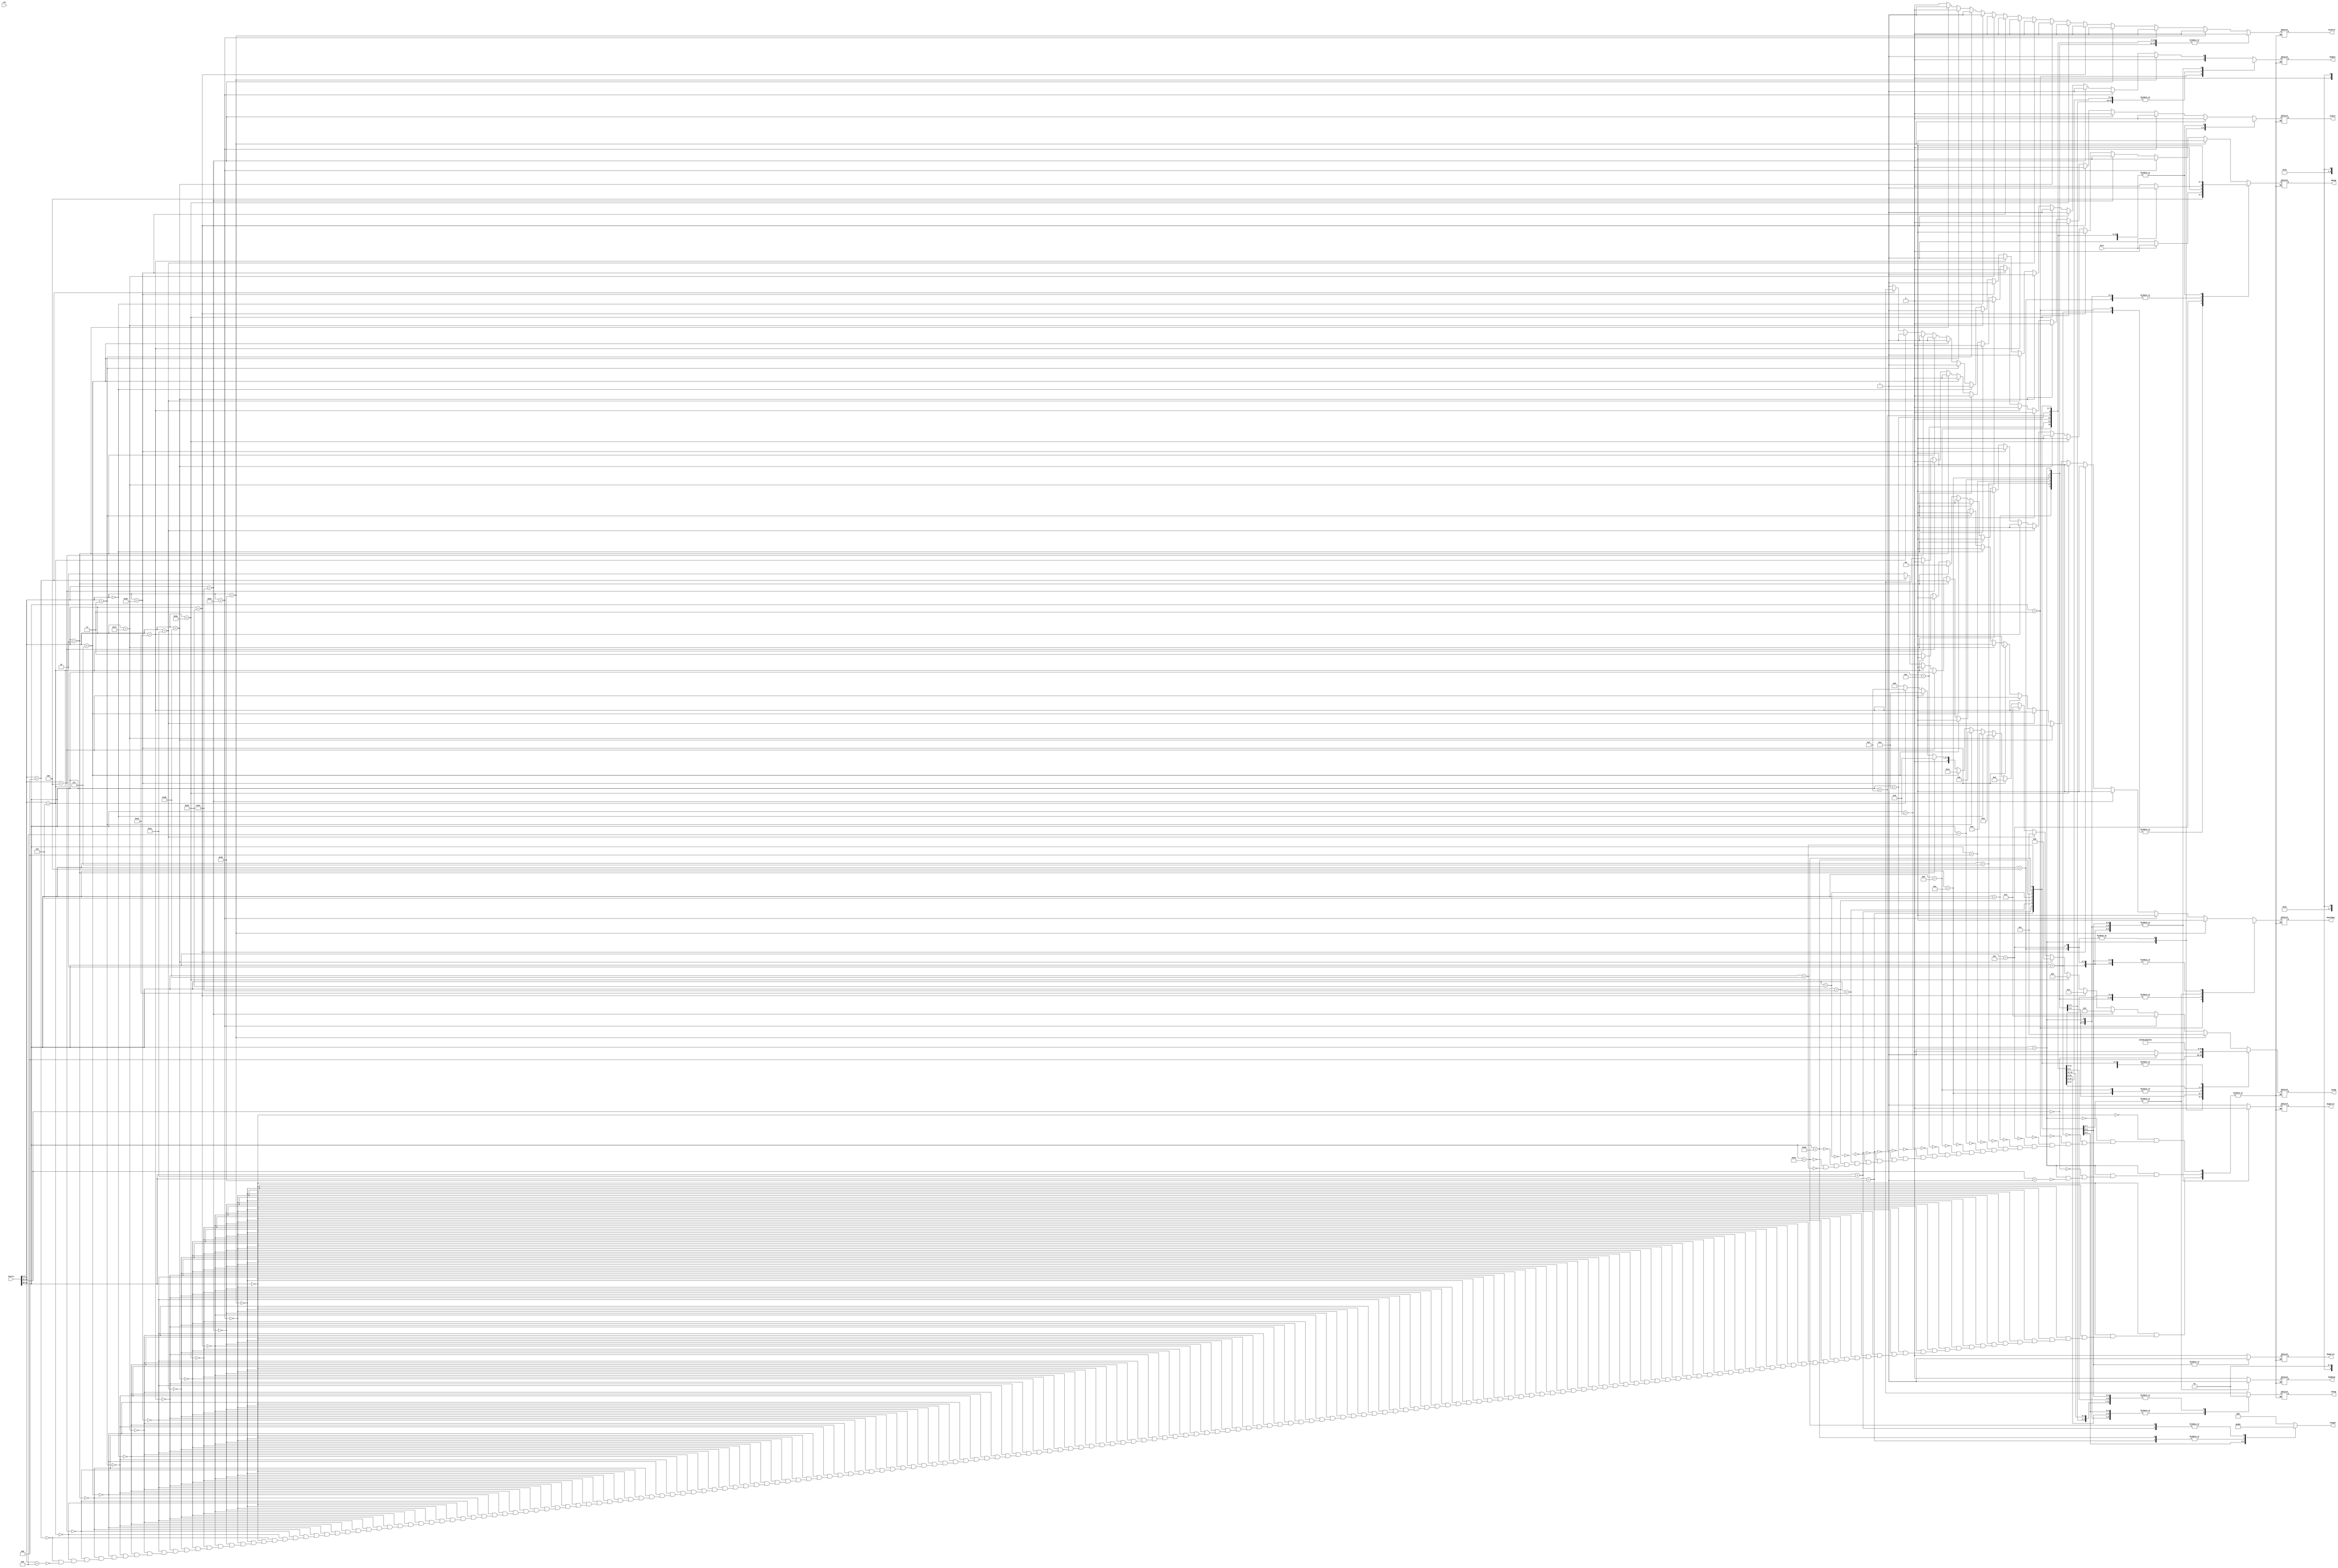
// `include "ctrl_encode_def.v"
module ctrl(Instru, Zero, 
            RegDst,MemRead,MemtoReg,
            MemWrite,EXTOp,ALUSrc,
            RegWrite,ALUSrc2,NPCOp,length,ALUOp,clk
            );
	input  [31:0] Instru  ;      
	input        Zero;
	input clk;
	output reg      RegWrite; // control signal for register write
	output reg      MemWrite; // control signal for memory write
	output reg      EXTOp;    // control signal to signed extension
	output reg[1:0] RegDst;
	output reg[4:0] ALUOp;    // ALU opertion
	output reg[1:0] NPCOp;    // next pc operation
	output reg      ALUSrc;   // ALU source for A
	output reg      ALUSrc2;
	output reg      MemRead;  
	output reg[1:0] MemtoReg;   
	output reg[2:0] length;
	
 always@(Instru or Zero)
  begin
	length=3'b000;
  case(Instru[31:26])
  6'b000000:
    begin
	    if(Instru[5:0]==6'b100000)	//add
		begin
		{RegDst,MemRead,MemtoReg,MemWrite,EXTOp,ALUSrc,RegWrite,ALUSrc2}
		 =10'b010000x010;
		ALUOp=5'b00001;
		NPCOp=2'b00;	length=3'b000;
		end
	    else if(Instru[5:0]==6'b100010)	//sub
		begin
		{RegDst,MemRead,MemtoReg,MemWrite,EXTOp,ALUSrc,RegWrite,ALUSrc2}
		 =10'b010000x010;
		ALUOp=5'b00010;
		NPCOp=2'b00;	length=3'b000;
		end
	    else if(Instru[5:0]==6'b100100)	//and
		begin
		{RegDst,MemRead,MemtoReg,MemWrite,EXTOp,ALUSrc,RegWrite,ALUSrc2}
		 =10'b010000x010;
		ALUOp=5'b00011;
		NPCOp=2'b00;	length=3'b000;
		end    
	    else if(Instru[5:0]==6'b100101)	//or
		begin
		{RegDst,MemRead,MemtoReg,MemWrite,EXTOp,ALUSrc,RegWrite,ALUSrc2}
		 =10'b010000x010;
		ALUOp=5'b00100;
		NPCOp=2'b00;	length=3'b000;
		end
	    else if(Instru[5:0]==6'b101010)	//slt
		begin
		{RegDst,MemRead,MemtoReg,MemWrite,EXTOp,ALUSrc,RegWrite,ALUSrc2}
		 =10'b010000x010;
		ALUOp=5'b00101;
		NPCOp=2'b00;	length=3'b000;
		end
	    else if(Instru[5:0]==6'b101011)	//sltu
		begin
		{RegDst,MemRead,MemtoReg,MemWrite,EXTOp,ALUSrc,RegWrite,ALUSrc2}
		 =10'b010000x010;
		ALUOp=5'b00110;
		NPCOp=2'b00;	length=3'b000;
		end
	    else if(Instru[5:0]==6'b100001)	//addu
		begin
		{RegDst,MemRead,MemtoReg,MemWrite,EXTOp,ALUSrc,RegWrite,ALUSrc2}
		 =10'b010000x010;
		ALUOp=5'b00001;
		NPCOp=2'b00;	length=3'b000;
		end
	    else if(Instru[5:0]==6'b100011)	//subu
		begin
		{RegDst,MemRead,MemtoReg,MemWrite,EXTOp,ALUSrc,RegWrite,ALUSrc2}
		 =10'b010000x010;
		ALUOp=5'b00010;
		NPCOp=2'b00;	length=3'b000;
		end
	    else if(Instru[5:0]==6'b100110)	//xor
		begin
		{RegDst,MemRead,MemtoReg,MemWrite,EXTOp,ALUSrc,RegWrite,ALUSrc2}
		 =10'b010000x010;
		ALUOp=5'b01000;
		NPCOp=2'b00;	length=3'b000;
		end
	    else if(Instru[5:0]==6'b100111)	//nor
		begin
		{RegDst,MemRead,MemtoReg,MemWrite,EXTOp,ALUSrc,RegWrite,ALUSrc2}
		 =10'b010000x010;
		ALUOp=5'b01001;
		NPCOp=2'b00;	length=3'b000;
		end
	    else if(Instru[5:0]==6'b000000)	//sll
		begin
		{RegDst,MemRead,MemtoReg,MemWrite,EXTOp,ALUSrc,RegWrite,ALUSrc2}
		 =10'b010000x011;
		ALUOp=5'b01010;
		NPCOp=2'b00;	length=3'b000;
		end
	    else if(Instru[5:0]==6'b000011)	//sra
		begin
		{RegDst,MemRead,MemtoReg,MemWrite,EXTOp,ALUSrc,RegWrite,ALUSrc2}
		 =10'b010000x011;
		ALUOp=5'b01011;
		NPCOp=2'b00;	length=3'b000;
		end
	    else if(Instru[5:0]==6'b000111)	//srav
		begin
	       {RegDst,MemRead,MemtoReg,MemWrite,EXTOp,ALUSrc,RegWrite,ALUSrc2}
		 =10'b010000x010;
		ALUOp=5'b10100;
		NPCOp=2'b00;	length=3'b000;
	       end
	    else if(Instru[5:0]==6'b000010)	//srl
		begin
		{RegDst,MemRead,MemtoReg,MemWrite,EXTOp,ALUSrc,RegWrite,ALUSrc2}
		 =10'b010000x011;
		ALUOp=5'b01101;
		NPCOp=2'b00;	length=3'b000;
		end
	    else if(Instru[5:0]==6'b000100)	//sllv
		begin
		{RegDst,MemRead,MemtoReg,MemWrite,EXTOp,ALUSrc,RegWrite,ALUSrc2}
		 =10'b010000x010;
		ALUOp=5'b01110;
		NPCOp=2'b00;	length=3'b000;
		end
	    else if(Instru[5:0]==6'b000110)	//srlv
		begin
		{RegDst,MemRead,MemtoReg,MemWrite,EXTOp,ALUSrc,RegWrite,ALUSrc2}
		 =10'b010000x010;
		ALUOp=5'b01111;
		NPCOp=2'b00;	length=3'b000;
		end
	    else if(Instru[5:0]==6'b001000)  //jr
		begin
		{RegDst,MemRead,MemtoReg,MemWrite,EXTOp,ALUSrc,RegWrite,ALUSrc2}
		 =10'b0x00x0xxx0;
		ALUOp=5'b00000;//Actually it is x.
		NPCOp=2'b11;	length=3'b000;
		end
	    else if(Instru[5:0]==6'b001001) //jalr
		begin
		{RegDst,MemRead,MemtoReg,MemWrite,EXTOp,ALUSrc,RegWrite,ALUSrc2}
		 =10'b010100xx10;
		ALUOp=5'b00000;
		NPCOp=2'b11;	length=3'b000;
	      end
	    end

	6'b000001:
	    begin
		    if(Instru[20:16]==5'b00001)begin	//bgez
		{RegDst,MemRead,MemtoReg,MemWrite,EXTOp,ALUSrc,RegWrite,ALUSrc2}
		 =10'b0x00000x00;
		ALUOp=5'b10000;	length=3'b000;
		if(Zero) NPCOp=2'b01;
		else  NPCOp=2'b00;
	      end
		    if(Instru[20:16]==5'b00000)begin	//bltz
		{RegDst,MemRead,MemtoReg,MemWrite,EXTOp,ALUSrc,RegWrite,ALUSrc2}
		 =10'b0x00000x00;
		 ALUOp=5'b10001;	length=3'b000;
		 if(Zero) NPCOp=2'b01;
		else  NPCOp=2'b00;
	    end
	    end
	6'b000010:	
	    begin	//j
		{RegDst,MemRead,MemtoReg,MemWrite,EXTOp,ALUSrc,RegWrite,ALUSrc2}
		 =10'b0x00x0xx00;
		ALUOp=5'bx;
		NPCOp=2'b10;	length=3'b000;
	    end

	6'b000011:
	    begin	//jal
		{RegDst,MemRead,MemtoReg,MemWrite,EXTOp,ALUSrc,RegWrite,ALUSrc2}
		 =10'b100100xx10;
		ALUOp=5'bx;
		NPCOp=2'b10;	length=3'b000;
	    end

	6'b000100:
	    begin	//beq
		{RegDst,MemRead,MemtoReg,MemWrite,EXTOp,ALUSrc,RegWrite,ALUSrc2}
		 =10'b0x00x0x000;
		ALUOp=5'b00010;	length=3'b000;
		if(Zero) NPCOp=2'b01;
		else  NPCOp=2'b00;
	    end

	6'b000101:
	    begin	//bne
		{RegDst,MemRead,MemtoReg,MemWrite,EXTOp,ALUSrc,RegWrite,ALUSrc2}
		 =10'b0x00x0x000;
		ALUOp=5'b00010;	length=3'b000;
		if(~Zero) NPCOp=2'b01;
		else NPCOp=2'b00;
	    end

	6'b000110:
	    begin	//blez
		{RegDst,MemRead,MemtoReg,MemWrite,EXTOp,ALUSrc,RegWrite,ALUSrc2}
		 =10'b0x00000x00;
		ALUOp=5'b10010;	length=3'b000;
		if(Zero) NPCOp=2'b01;
		else NPCOp=2'b00;
	    end

	6'b000111:
	    begin	//bgtz
		{RegDst,MemRead,MemtoReg,MemWrite,EXTOp,ALUSrc,RegWrite,ALUSrc2}
		 =10'b0x00000x00;
		ALUOp=5'b10011;	length=3'b000;
		if(Zero) NPCOp=2'b01;
		else NPCOp=2'b00;
	    end

	6'b001000:
	    begin	//addi
		{RegDst,MemRead,MemtoReg,MemWrite,EXTOp,ALUSrc,RegWrite,ALUSrc2}
		 =10'b0000001110;
		ALUOp=5'b00001;
		NPCOp=2'b00;	length=3'b000;
	    end

	6'b001001:
	    begin	//addiu
		{RegDst,MemRead,MemtoReg,MemWrite,EXTOp,ALUSrc,RegWrite,ALUSrc2}
		 =10'b0000001110;
		ALUOp=5'b00001;
		NPCOp=2'b00;	length=3'b000;
	    end

	6'b001010:
	    begin	//slti
		{RegDst,MemRead,MemtoReg,MemWrite,EXTOp,ALUSrc,RegWrite,ALUSrc2}
		 =10'b0000001110;
		ALUOp=5'b00101;
		NPCOp=2'b00;	length=3'b000;
	    end

	6'b001011:
	    begin	//sltiu
		{RegDst,MemRead,MemtoReg,MemWrite,EXTOp,ALUSrc,RegWrite,ALUSrc2}
		 =10'b0000001110;
		ALUOp=5'b00101;
		NPCOp=2'b00;	length=3'b000;
	    end

	6'b001100:
	    begin	//andi
		{RegDst,MemRead,MemtoReg,MemWrite,EXTOp,ALUSrc,RegWrite,ALUSrc2}
		 =10'b0000001110;
		ALUOp=5'b00011;
		NPCOp=2'b00;	length=3'b000;
	    end

	6'b001101:
	    begin	//ori
		{RegDst,MemRead,MemtoReg,MemWrite,EXTOp,ALUSrc,RegWrite,ALUSrc2}
		 =10'b0000000110;
		ALUOp=5'b00100;
		NPCOp=2'b00;	length=3'b000;
	    end

	6'b001110:
	    begin	//xori
		{RegDst,MemRead,MemtoReg,MemWrite,EXTOp,ALUSrc,RegWrite,ALUSrc2}
		 =10'b0000000110;
		ALUOp=5'b01000;
		NPCOp=2'b00;	length=3'b000;
	    end

	6'b001111:
	    begin	//lui
		{RegDst,MemRead,MemtoReg,MemWrite,EXTOp,ALUSrc,RegWrite,ALUSrc2}
		 =10'b0000001110;
		ALUOp=5'b01100;
		NPCOp=2'b00;	length=3'b000;
	    end

	6'b100000:
	    begin	//lb
		{RegDst,MemRead,MemtoReg,MemWrite,EXTOp,ALUSrc,RegWrite,ALUSrc2}
		 =10'b0010101110;
		ALUOp=5'b00001;
		NPCOp=2'b00;
		length=3'b010;
	    end

	6'b100001:
	    begin	//lh
		{RegDst,MemRead,MemtoReg,MemWrite,EXTOp,ALUSrc,RegWrite,ALUSrc2}
		 =10'b0010101110;
		ALUOp=5'b00001;
		NPCOp=2'b00;
		length=3'b001;
	    end
	
	6'b100011:
	    begin	//lw
		{RegDst,MemRead,MemtoReg,MemWrite,EXTOp,ALUSrc,RegWrite,ALUSrc2}
		 =10'b0010101110;
		ALUOp=5'b00001;
		NPCOp=2'b00;	length=3'b000;
	    end

	6'b100100:
	    begin	//lbu
		{RegDst,MemRead,MemtoReg,MemWrite,EXTOp,ALUSrc,RegWrite,ALUSrc2}
		 =10'b0010100110;
		ALUOp=5'b00001;
		NPCOp=2'b00;
		length=3'b110;
	    end

	6'b100101:
	    begin	//lhu
		{RegDst,MemRead,MemtoReg,MemWrite,EXTOp,ALUSrc,RegWrite,ALUSrc2}
		 =10'b0010100110;
		ALUOp=5'b00001;
		NPCOp=2'b00;
		length=3'b101;
	    end

	6'b101000:
	    begin	//sb
		{RegDst,MemRead,MemtoReg,MemWrite,EXTOp,ALUSrc,RegWrite,ALUSrc2}
		 =10'b0x00x11100;
		ALUOp=5'b00001;
		NPCOp=2'b00;
		length=3'b010;
	    end

	6'b101001:
	    begin	//sh
		{RegDst,MemRead,MemtoReg,MemWrite,EXTOp,ALUSrc,RegWrite,ALUSrc2}
		 =10'b0x00x11100;
		ALUOp=5'b00001;
		NPCOp=2'b00;
		length=3'b001;
	    end
	
	6'b101011:
	    begin	//sw
		{RegDst,MemRead,MemtoReg,MemWrite,EXTOp,ALUSrc,RegWrite,ALUSrc2}
		 =10'b0x00x11100;
		ALUOp=5'b00001;
		NPCOp=2'b00;	length=3'b000;
	    end
	endcase    
end
endmodule